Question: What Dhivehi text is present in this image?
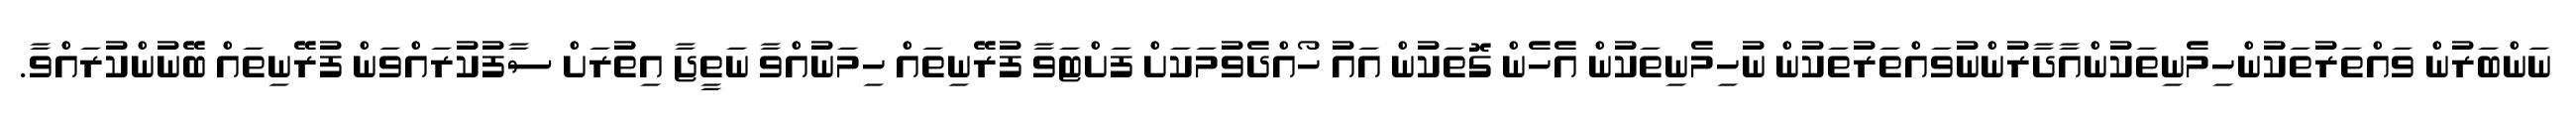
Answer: ނަންބަރުން ވައްތަރުތަކުންހިމެނިތަކުންއާދާރުންނުވައްތަރުތަކުން ނުހިމެނިތަކުން އެހެން ގޮތަކުން އައު ހޯއްދެވުމަކަށް ފަށްޓަވާ ފުރޭނިތައް ހިމަނުއްވާ ނަތީޖާ އިތުރަށް ސާފުކުރައްވަން ފުރޭނިތައް ބޭނުންކުރައްވާ.